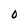
Character: 0